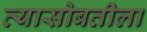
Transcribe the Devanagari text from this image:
त्यासोबतीला